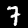
Digit: 7